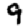
Digit: 9